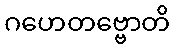
ဂဟေတဗ္ဗောတိ